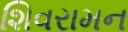
શિવરામન